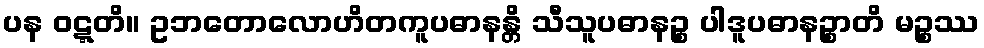
ပန ဝဋ္ဋတိ။ ဥဘတောလောဟိတကူပဓာနန္တိ သီသူပဓာနဉ္စ ပါဒူပဓာနဉ္စာတိ မဉ္စဿ